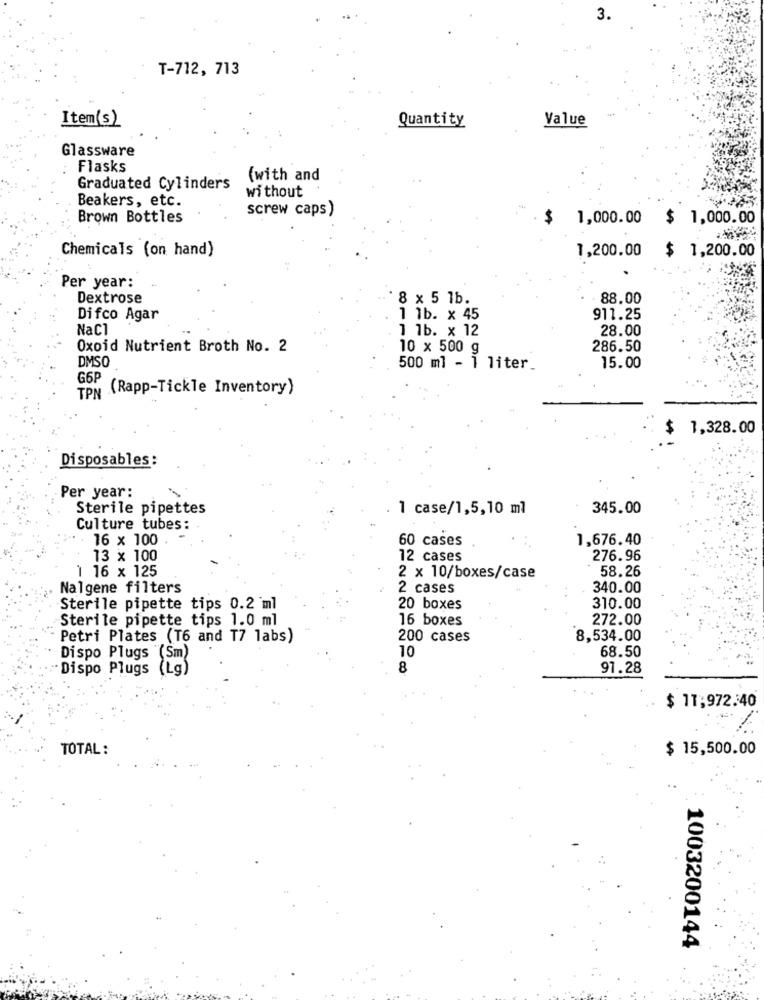
T-712, 713
Item(s)
Quantity
Value
Glassware
Flasks
(with and
Graduated Cylinders
without
Beakers, etc.
screw caps)
Brown Bottles
$
1,000.00 $ 1,000.00
Chemicals (on hand)
1,200.00
$ 1,200.00
Per year:
Dextrose
8 x 5 1b.
88.00
Difco Agar
1 1b. x 45
911.25
NaCl
1 1b. x 12
28.00
Oxoid Nutrient Broth No. 2
10 x 500 g
286.50
DMSO
500 ml - 1 liter_
15.00
G6P
TPN (Rapp-Tickle Inventory)
$ 1,328.00
Disposables:
Per year:
Sterile pipettes
1 case/1,5,10 ml
345.00
Culture tubes:
16 x 100
60 cases
1,676.40
13 x 100
12 cases
276.96
1 16 x 125
58.26
2 x 10/boxes/case
Nalgene filters
2 cases
340.00
Sterile pipette tips 0.2 ml
20 boxes
310.00
Sterile pipette tips 1.0 ml
16 boxes
272.00
Petri Plates (T6 and T7 labs)
200 cases
8,534.00
68.50
Dispo Plugs "(Sm)
10
Dispo Plugs
(Lg)
8
97.28
$ 11;972.40
TOTAL:
$ 15,500.00
1003200144